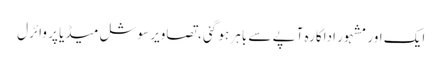
ایک اور مشہور اداکارہ آپے سے باہر ہو گئی ، تصاویر سوشل میڈیا پر وائرل